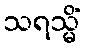
သရသ္မိံ